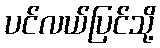
ပင်လယ်ပြင်သို့